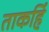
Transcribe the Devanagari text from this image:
ताकहिं